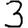
Digit: 3